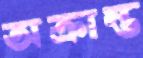
অক্রান্ত